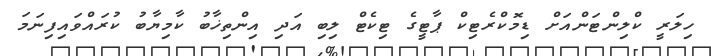
ހިލަރީ ކްލިންޓަންއަށް ޑިމޮކްރެޓިކް ޕާޓީގެ ޓިކެޓް ލިބި އަދި އިންތިޚާބު ކާމިޔާބު ކުރައްވައިފިނަމަ